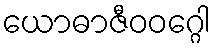
ယောဓာဇီဝဝဂ္ဂေါ